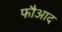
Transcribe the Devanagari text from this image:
फौआद